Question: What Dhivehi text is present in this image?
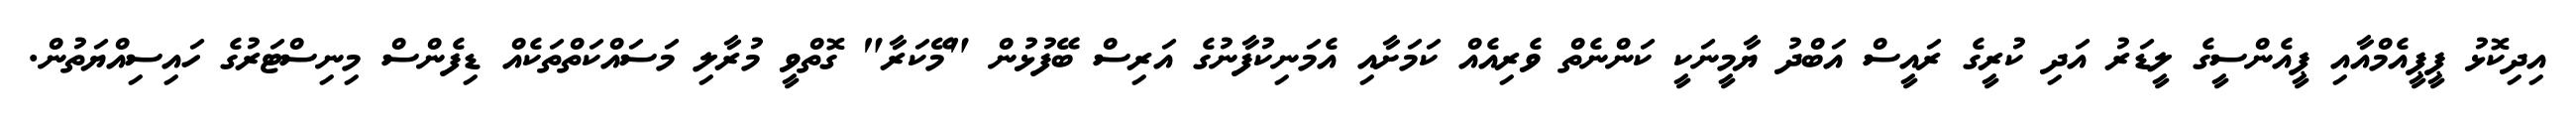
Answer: އިދިކޮޅު ޕީޕީއެމްއާއި ޕީއެންސީގެ ލީޑަރު އަދި ކުރީގެ ރައީސް އަބްދު ޔާމީނަކީ ކަންނެތް ވެރިއެއް ކަމަށާއި އެމަނިކުފާނުގެ އަރިސް ބޭފުޅުން "މޭކަރާ" ގޮތްވީ މުރާލި މަސައްކަތްތަކެއް ޑިފެންސް މިނިސްޓަރުގެ ހައިސިއްޔަތުން.